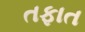
તફાત